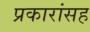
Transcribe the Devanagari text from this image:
प्रकारांसह